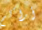
أراكم